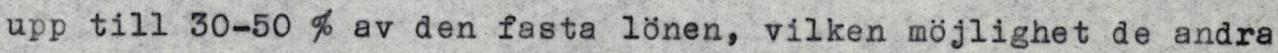
upp till 30-50 % av den fasta lönen, vilken möjlighet de andra